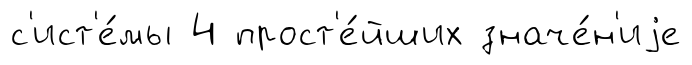
с'ист'е́мы 4 прост'е́йших значе́н'иjе